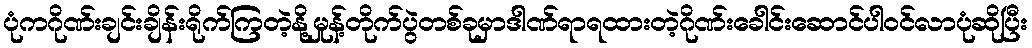
ပုံကဂိုဏ်းချင်းချိန်းရိုက်ကြတဲ့နို့မှုန့်တိုက်ပွဲတစ်ခုမှာဒါဏ်ရာရထားတဲ့ဂိုဏ်းခေါင်းဆောင်ပါဝင်လာပုံဆိုပြီး